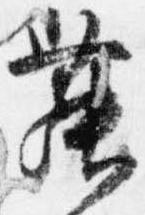
舞